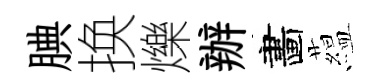
腆换爍辦畵藴